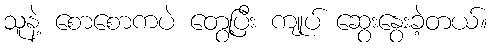
သူနဲ့ စောစောကပဲ တွေ့ပြီး ကျုပ် ဆွေးနွေးခဲ့တယ်။